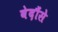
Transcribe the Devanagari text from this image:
वेदौंसे